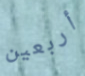
أربعين